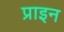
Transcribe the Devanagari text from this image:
प्राइन